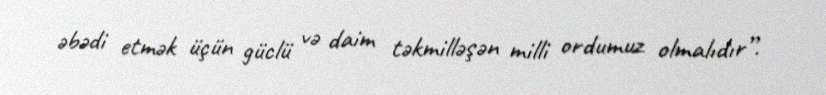
əbədi etmək üçün güclü və daim təkmilləşən milli ordumuz olmalıdır”.